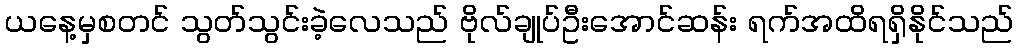
ယနေ့မှစတင် သွတ်သွင်းခဲ့လေသည် ဗိုလ်ချုပ်ဦးအောင်ဆန်း ရက်အထိရရှိနိုင်သည်